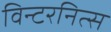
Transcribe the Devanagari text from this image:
विन्टरनित्स